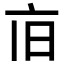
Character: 𪜢